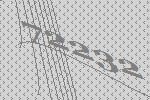
72232